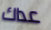
عداك